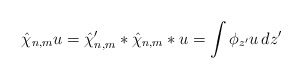
\begin{align*}\hat{\chi}_{n,m}u&= \hat\chi'_{n,m}* \hat\chi_{n,m}* u=\int \phi_{z'} u \,dz'\end{align*}